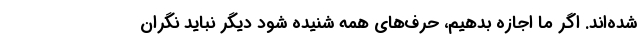
شده‌اند. اگر ما اجازه بدهیم، حرف‌های همه شنیده شود دیگر نباید نگران